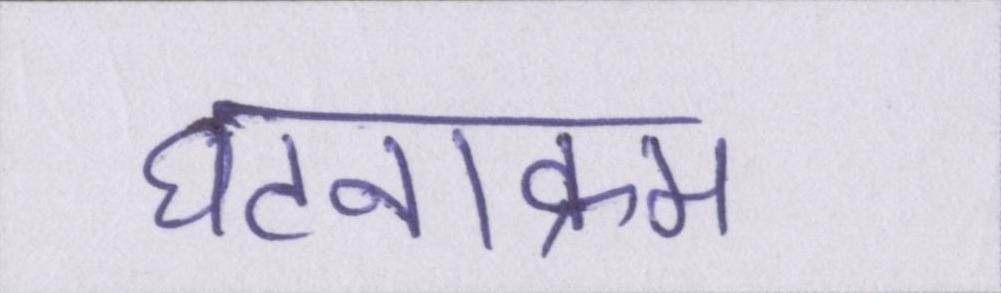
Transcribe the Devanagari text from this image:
घटनाक्रम